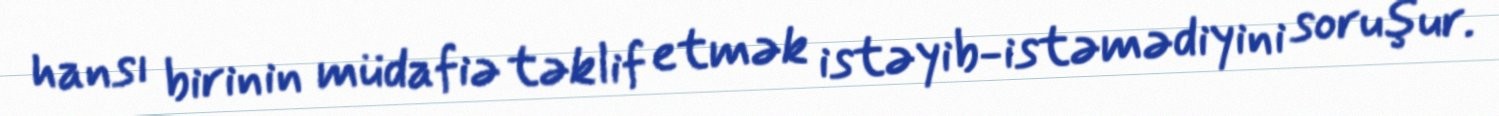
hansı birinin müdafiə təklif etmək istəyib-istəmədiyini soruşur.